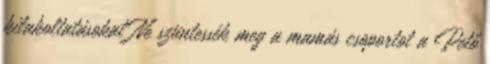
kilakoltatásokat Ne szüntessék meg a mamás csoportot a Pető